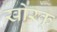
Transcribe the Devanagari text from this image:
खोरकू